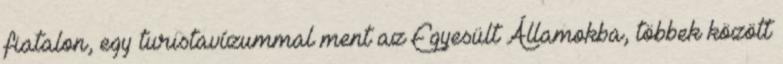
fiatalon, egy turistavízummal ment az Egyesült Államokba, többek között